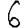
Digit: 6